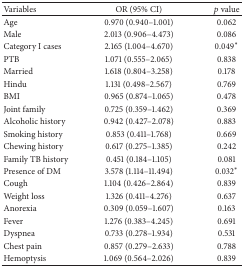
<table><thead><tr><td><b>Variables</b></td><td><b>OR (95% CI)</b></td><td><b><i>p</i> value</b></td></tr></thead><tbody><tr><td>Age</td><td>0.970 (0.940–1.001)</td><td>0.062</td></tr><tr><td>Male</td><td>2.013 (0.906–4.473)</td><td>0.086</td></tr><tr><td>Category I cases</td><td>2.165 (1.004–4.670)</td><td>0.049<sup><i>∗</i></sup></td></tr><tr><td>PTB</td><td>1.071 (0.555–2.065)</td><td>0.838</td></tr><tr><td>Married</td><td>1.618 (0.804–3.258)</td><td>0.178</td></tr><tr><td>Hindu</td><td>1.131 (0.498–2.567)</td><td>0.769</td></tr><tr><td>BMI</td><td>0.965 (0.874–1.065)</td><td>0.478</td></tr><tr><td>Joint family</td><td>0.725 (0.359–1.462)</td><td>0.369</td></tr><tr><td>Alcoholic history</td><td>0.942 (0.427–2.078)</td><td>0.883</td></tr><tr><td>Smoking history</td><td>0.853 (0.411–1.768)</td><td>0.669</td></tr><tr><td>Chewing history</td><td>0.617 (0.275–1.385)</td><td>0.242</td></tr><tr><td>Family TB history</td><td>0.451 (0.184–1.105)</td><td>0.081</td></tr><tr><td>Presence of DM</td><td>3.578 (1.114–11.494)</td><td>0.032<sup><i>∗</i></sup></td></tr><tr><td>Cough</td><td>1.104 (0.426–2.864)</td><td>0.839</td></tr><tr><td>Weight loss</td><td>1.326 (0.411–4.276)</td><td>0.637</td></tr><tr><td>Anorexia</td><td>0.309 (0.059–1.607)</td><td>0.163</td></tr><tr><td>Fever</td><td>1.276 (0.383–4.245)</td><td>0.691</td></tr><tr><td>Dyspnea</td><td>0.733 (0.278–1.934)</td><td>0.531</td></tr><tr><td>Chest pain</td><td>0.857 (0.279–2.633)</td><td>0.788</td></tr><tr><td>Hemoptysis</td><td>1.069 (0.564–2.026)</td><td>0.839</td></tr></tbody></table>